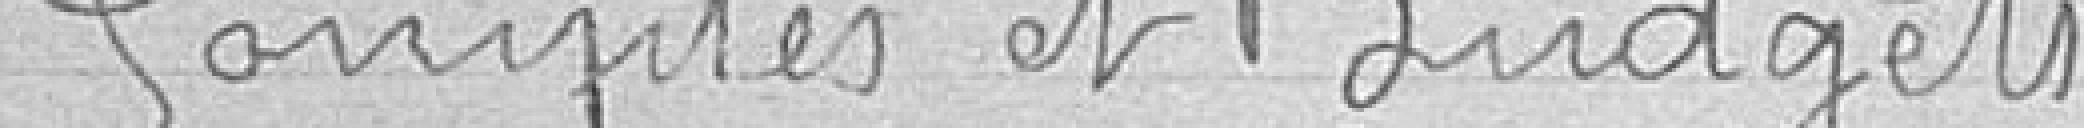
Comptes et Budgets